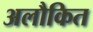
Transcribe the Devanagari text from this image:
अलौकित